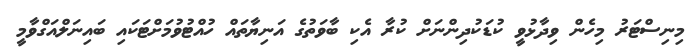
މިނިސްޓަރު މިހެން ވިދާޅުވީ ކުޑަކުދިންނަށް ކުރާ އެކި ބާވަތުގެ އަނިޔާތައް ހުއްޓުވުމަށްޓަކައި ބައިނަލްއަގްވާމީ